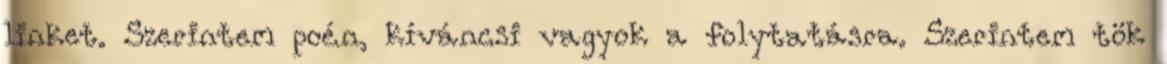
linket. Szerintem poén, kíváncsi vagyok a folytatásra. Szerintem tök